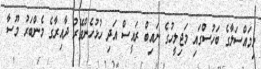
މިމައްސަލާގެ ބަހުސްގައި މަޖިލީހުގެ ނައިބް ރައީސް އަދި ހުޅުހެންވޭރު ދާއިރާގެ މެންބަރު މޫސާ